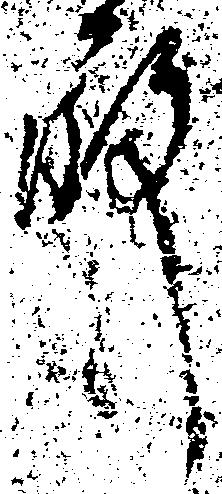
殿